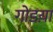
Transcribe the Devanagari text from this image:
गोडय़ा